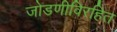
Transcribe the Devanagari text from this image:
जोडणीविरहित